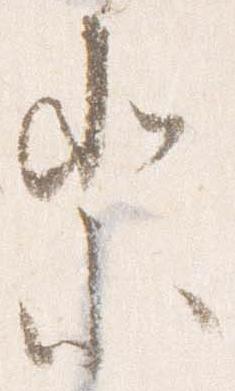
祭